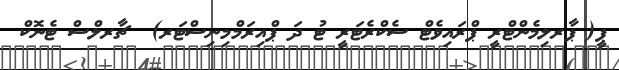
ޕީ( ޕާރލިމެންޓްރީ ޕްރައިވެޓް ސެކްރެޓަރީ ޓު ދަ ޕްއިރަމްމިނިސްޓަރ)  ޗާރލްސް ޓެނޮކް